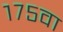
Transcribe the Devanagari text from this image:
१७५वा